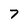
Character: 7